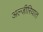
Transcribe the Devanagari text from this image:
अल्जी़रियात